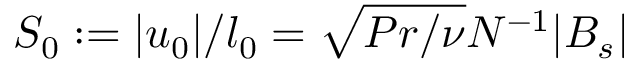
S _ { 0 } : = | u _ { 0 } | / l _ { 0 } = \sqrt { P r / \nu } N ^ { - 1 } | B _ { s } |